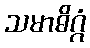
သမာဓိဂ္ဂံ